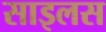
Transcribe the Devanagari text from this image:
साइलस